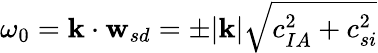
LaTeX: \omega_{0}=\mathbf{k}\cdot\mathbf{w}_{sd}=\pm|\mathbf{k}|\sqrt{c_{IA}^{2}+c_{si}^{2}}